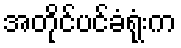
အတိုင်ပင်ခံရုံးက